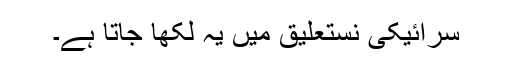
سرائیکی نستعلیق میں یہ لکھا جاتا ہے۔